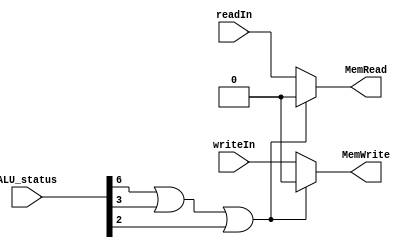
module ExceptionHandle(ALU_status, readIn, writeIn, MemRead, MemWrite);
input [7:0] ALU_status;
input readIn, writeIn;
output reg MemRead, MemWrite;
always @(ALU_status)
	begin
		if (ALU_status[6] == 1'b1 || ALU_status[3] == 1'b1 || ALU_status[2] == 1'b1)
			begin
				MemRead = 1'b0;
				MemWrite = 1'b0;
			end
		else
			begin
				MemRead = readIn;
				MemWrite = writeIn;
			end
	end
endmodule